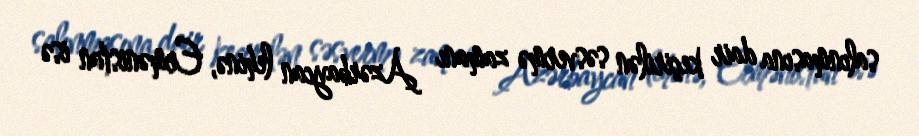
salınmasına dair keçirilən səsvermə zamanı Azərbaycan lehinə, Ermənistan isə